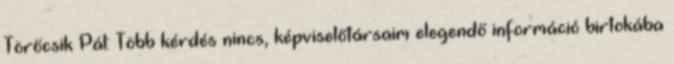
Törőcsik Pál: Több kérdés nincs, képviselőtársaim elegendő információ birtokába